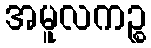
အမူလကဉ္စ